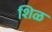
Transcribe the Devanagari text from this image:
शिळ